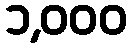
၁,၀၀၀